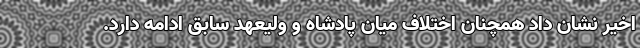
اخیر نشان داد همچنان اختلاف میان پادشاه و ولیعهد سابق ادامه دارد.